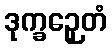
ဒုက္ခဉှေတံ